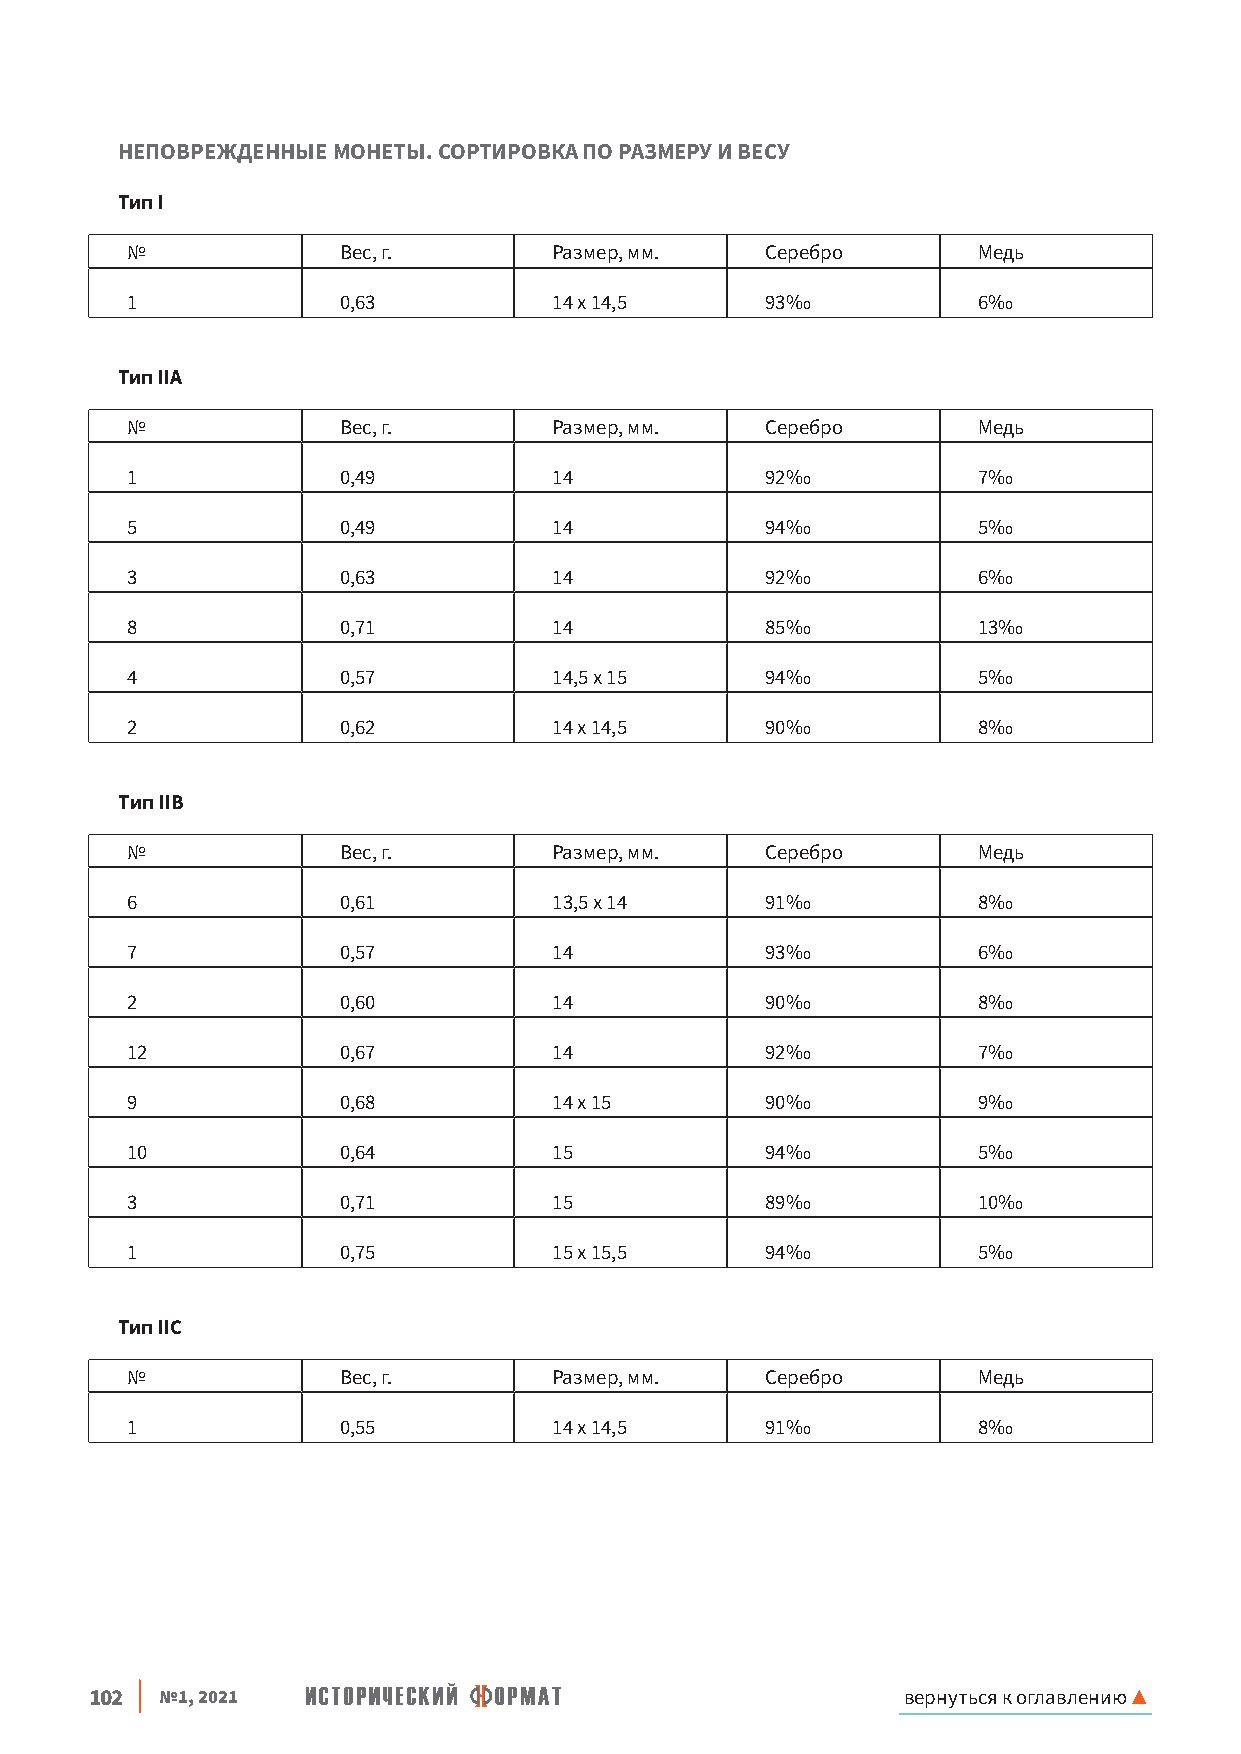
НЕПОВРЕЖДЕННЫЕ МОНЕТЫ. СОРТИРОВКА ПО РАЗМЕРУ И ВЕСУ
 Тип I
 №             Вес, г.        Размер, мм.   Серебро       Медь
 1             0,63           14 х 14,5     93‰           6‰
 Тип IIA
 №             Вес, г.        Размер, мм.   Серебро       Медь
 1             0,49           14            92‰           7‰
 5             0,49           14            94‰           5‰
 3             0,63           14            92‰           6‰
 8             0,71           14            85‰           13‰
 4             0,57           14,5 х 15     94‰           5‰
 2             0,62           14 х 14,5     90‰           8‰
 Tип IIB
 №             Вес, г.        Размер, мм.   Серебро       Медь
 6             0,61           13,5 x 14     91‰           8‰
 7             0,57           14            93‰           6‰
 2             0,60           14            90‰           8‰
 12            0,67           14            92‰           7‰
 9             0,68           14 x 15       90‰           9‰
 10            0,64           15            94‰           5‰
 3             0,71           15            89‰           10‰
 1             0,75           15 x 15,5     94‰           5‰
 Тип IIC
 №             Вес, г.        Размер, мм.   Серебро       Медь
 1             0,55           14 х 14,5     91‰           8‰
 102  №1, 2021                                         вернуться к оглавлению ▲